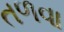
તળવા